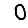
Digit: 0